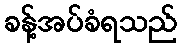
ခန့်အပ်ခံရသည်